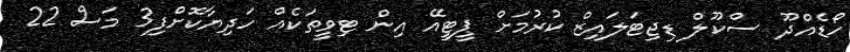
ހޯޑެއްދޫ ސްކޫލް ޑިޖިޓަލައިޒް ކުރުމަށް ޕީޓީއޭ އިން ޓިވީތަކެއް ހަދިޔާކޮށްފި3 މަސް 22